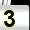
Digit: 3